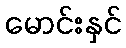
မောင်းနှင်